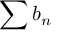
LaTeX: \sum b _ { n }